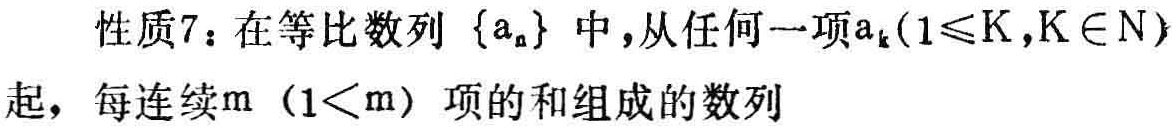
性质7：在等比数列\(\{a_{n}\}\)中，从任何一项\(a_{k}(1\leqslant k,k\in N)\)起，每连续\(m\ (1 < m)\)项的和组成的数列